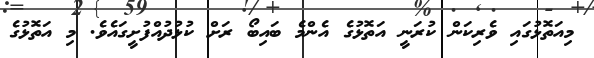
މިއަތޮޅުގައި ވެރިކަން ކުރަނީ އަތޮޅުގެ އެންމެ ބައިބޯ ރަށް ކުޅުދުއްފުށީގައެވެ. މި އަތޮޅުގެ